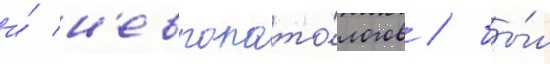
и́ н'европато́логов / бы́л